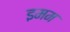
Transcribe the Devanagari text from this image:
इमम